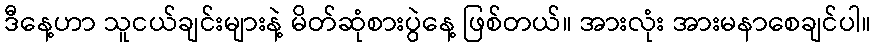
ဒီနေ့ဟာ သူငယ်ချင်းများနဲ့ မိတ်ဆုံစားပွဲနေ့ ဖြစ်တယ်။ အားလုံး အားမနာစေချင်ပါ။